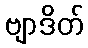
ဗျာဒိတ်